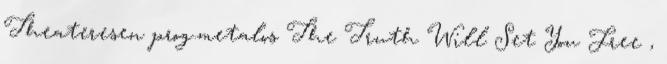
Theateresen prog.metalos The Truth Will Set You Free ,